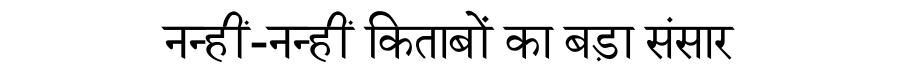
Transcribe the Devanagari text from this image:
नन्हीं-नन्हीं किताबों का बड़ा संसार